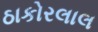
ઠાકોરલાલ